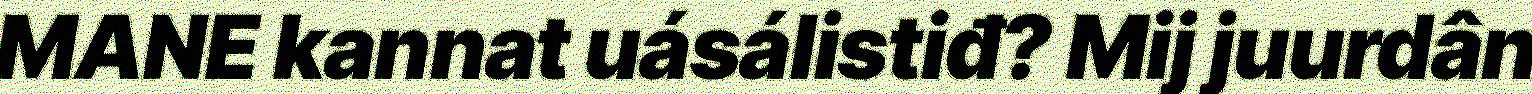
MANE kannat uásálistiđ? Mij juurdân